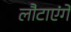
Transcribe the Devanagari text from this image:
लौटाएंगे